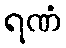
ရဏံ